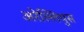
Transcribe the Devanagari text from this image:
अरेल्लियुस